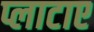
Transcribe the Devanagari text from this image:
प्लाटाए